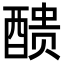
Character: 𨡺